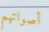
أصواتهم